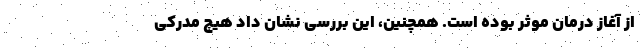
از آغاز درمان موثر بوده است. همچنین، این بررسی نشان داد هیچ مدرکی